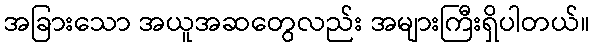
အခြားသော အယူအဆတွေလည်း အများကြီးရှိပါတယ်။